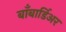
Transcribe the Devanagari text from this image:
बाँबार्डिअर